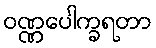
ဝဏ္ဏပေါက္ခရတာ